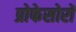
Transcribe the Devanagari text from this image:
प्रोफेसोरों